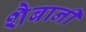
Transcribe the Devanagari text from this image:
शैबानी